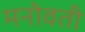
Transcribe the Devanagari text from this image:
मनोवती